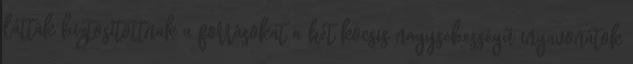
látták biztosítottnak a forrásokat a hét kocsis nagysebességű ingavonatok